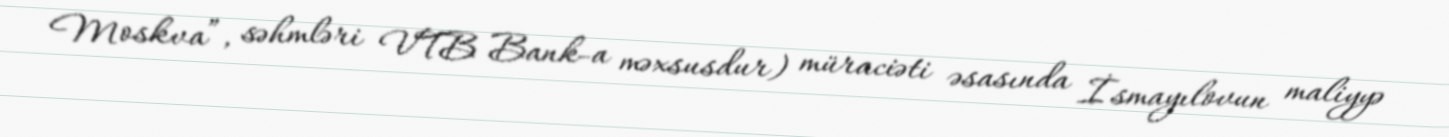
Moskva”, səhmləri VTB Bank-a məxsusdur) müraciəti əsasında İsmayılovun maliyyə